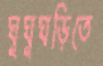
ঘুঘুঘড়িতে